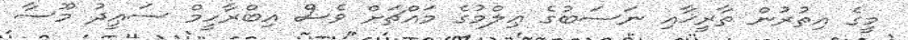
މީގެ އިތުރުން ތާރީޚާއި ނަސަބުގެ ޢިލްމުގެ މައްޗަށް ވެސް އިބްރާހީމް ސަޢީދު މޫސާ